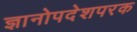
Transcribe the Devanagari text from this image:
ज्ञानोपदेशपरक